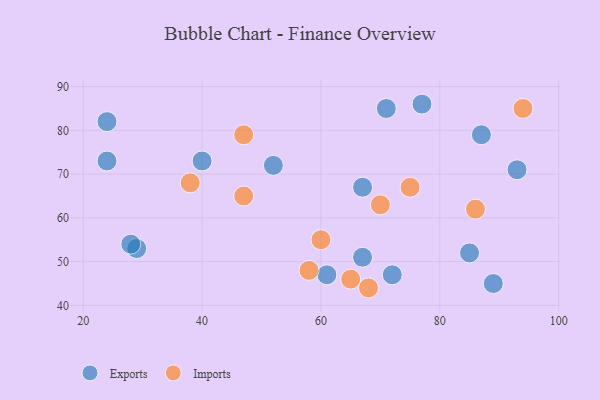
{"axis": {"x": "GDP", "y": "Life Expectancy"}, "legend": ["Exports", "Imports"], "data": [{"x": "71", "y": 85, "type": "Exports"}, {"x": "29", "y": 53, "type": "Exports"}, {"x": "24", "y": 82, "type": "Exports"}, {"x": "93", "y": 71, "type": "Exports"}, {"x": "67", "y": 67, "type": "Exports"}, {"x": "24", "y": 73, "type": "Exports"}, {"x": "52", "y": 72, "type": "Exports"}, {"x": "40", "y": 73, "type": "Exports"}, {"x": "28", "y": 54, "type": "Exports"}, {"x": "89", "y": 45, "type": "Exports"}, {"x": "61", "y": 47, "type": "Exports"}, {"x": "87", "y": 79, "type": "Exports"}, {"x": "85", "y": 52, "type": "Exports"}, {"x": "77", "y": 86, "type": "Exports"}, {"x": "67", "y": 51, "type": "Exports"}, {"x": "72", "y": 47, "type": "Exports"}, {"x": "38", "y": 68, "type": "Imports"}, {"x": "75", "y": 67, "type": "Imports"}, {"x": "47", "y": 65, "type": "Imports"}, {"x": "60", "y": 55, "type": "Imports"}, {"x": "58", "y": 48, "type": "Imports"}, {"x": "47", "y": 79, "type": "Imports"}, {"x": "65", "y": 46, "type": "Imports"}, {"x": "86", "y": 62, "type": "Imports"}, {"x": "70", "y": 63, "type": "Imports"}, {"x": "94", "y": 85, "type": "Imports"}, {"x": "68", "y": 44, "type": "Imports"}]}